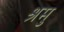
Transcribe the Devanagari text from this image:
श्रमु